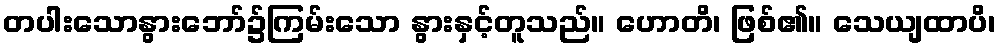
တပါးသောနွားဘော်၌ကြမ်းသော နွားနှင့်တူသည်။ ဟောတိ၊ ဖြစ်၏။ သေယျထာပိ၊